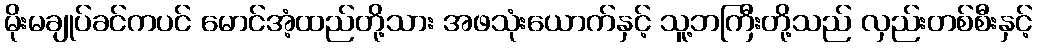
မိုးမချုပ်ခင်ကပင် မောင်အံ့ထည်တို့သား အဖသုံးယောက်နှင့် သူ့ဘကြီးတို့သည် လှည်းတစ်စီးနှင့်